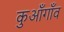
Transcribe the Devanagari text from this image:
कुआँगाँव